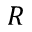
R